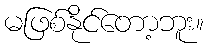
မဖြစ်နိုင်တော့ဘူး။